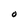
Character: O